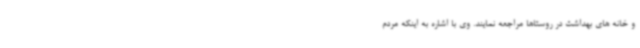
و خانه های بهداشت در روستاها مراجعه نمایند. وی با اشاره به اینکه مردم